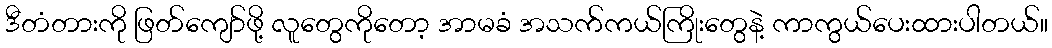
ဒီတံတားကို ဖြတ်ကျော်ဖို့ လူတွေကိုတော့ အာမခံ အသက်ကယ်ကြိုးတွေနဲ့ ကာကွယ်ပေးထားပါတယ်။